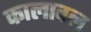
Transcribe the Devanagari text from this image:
कालावल